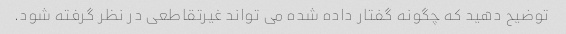
توضیح دهید که چگونه گفتار داده شده می تواند غیرتقاطعی در نظر گرفته شود.